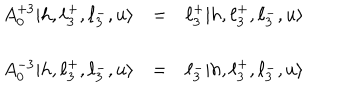
LaTeX: \begin{array} { l l l } { { A _ { 0 } ^ { + 3 } | h , \ell _ { 3 } ^ { + } , \ell _ { 3 } ^ { - } , u \rangle } } & { { = } } & { { \ell _ { 3 } ^ { + } | h , \ell _ { 3 } ^ { + } , \ell _ { 3 } ^ { - } , u \rangle } } \\ { { \ } } & { { \ } } \\ { { A _ { 0 } ^ { - 3 } | h , \ell _ { 3 } ^ { + } , \ell _ { 3 } ^ { - } , u \rangle } } & { { = } } & { { \ell _ { 3 } ^ { - } | h , \ell _ { 3 } ^ { + } , \ell _ { 3 } ^ { - } , u \rangle } } \\ \end{array}